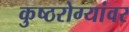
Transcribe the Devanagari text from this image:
कुष्ठरोग्यांवर